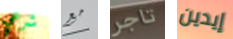
شرعي مع تاجر إيدين